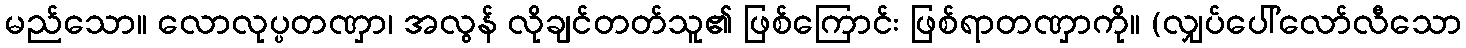
မည်သော။ လောလုပ္ပတဏှာ၊ အလွန် လိုချင်တတ်သူ၏ ဖြစ်ကြောင်း ဖြစ်ရာတဏှာကို။ (လျှပ်ပေါ်လော်လီသော